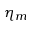
\eta _ { m }